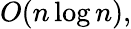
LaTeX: O(n\log n),